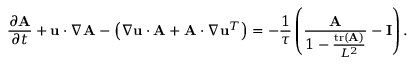
\frac { \partial \mathbf { A } } { \partial t } + \mathbf { u } \cdot \boldsymbol { \nabla } \mathbf { A } - \left( \boldsymbol { \nabla } \mathbf { u } \cdot \mathbf { A } + \mathbf { A } \cdot \boldsymbol { \nabla } \mathbf { u } ^ { T } \right) = - \frac { 1 } { \tau } \left( \frac { \mathbf { A } } { 1 - \frac { \operatorname { t r } ( \mathbf { A } ) } { L ^ { 2 } } } - \mathbf { I } \right) .